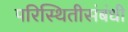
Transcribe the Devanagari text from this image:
परिस्थितीसंबंधी